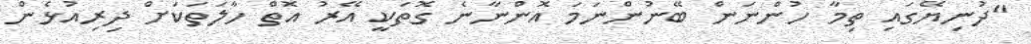
"ދުނިޔޭގައި ތިމާ ހުންނަން ބޭނުންނަމަ އޮންނާނެ ގޮތަކީ އޭރު އޮތް ހާލަތަކަށް ދިރިއުޅެން